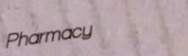
Pharmacy